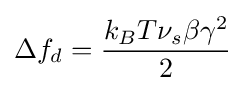
\Delta f_{d}={\frac {k_{B}T\nu _{s}\beta \gamma ^{2}}{2}}